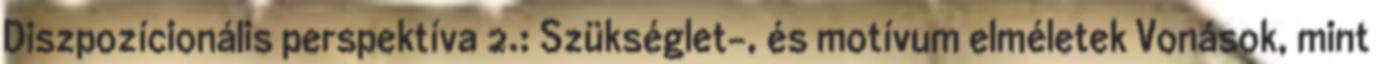
Diszpozícionális perspektíva 2.: Szükséglet-, és motívum elméletek Vonások, mint